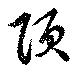
頂